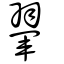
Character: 翬